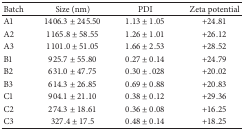
<table><thead><tr><td><b>Batch</b></td><td><b>Size (nm)</b></td><td><b>PDI</b></td><td><b>Zeta potential</b></td></tr></thead><tbody><tr><td>A1</td><td>1406.3 ± 245.50</td><td>1.13 ± 1.05</td><td>+24.81</td></tr><tr><td>A2</td><td>1165.8 ± 58.55</td><td>1.26 ± 1.01</td><td>+26.12</td></tr><tr><td>A3</td><td>1101.0 ± 51.05</td><td>1.66 ± 2.53</td><td>+28.52</td></tr><tr><td>B1</td><td>925.7 ± 55.80</td><td>0.27 ± 0.14</td><td>+24.79</td></tr><tr><td>B2</td><td>631.0 ± 47.75</td><td>0.30 ± .028</td><td>+20.02</td></tr><tr><td>B3</td><td>614.3 ± 26.85</td><td>0.69 ± 0.88</td><td>+20.83</td></tr><tr><td>C1</td><td>904.1 ± 21.10</td><td>0.38 ± 0.12</td><td>+29.36</td></tr><tr><td>C2</td><td>274.3 ± 18.61</td><td>0.36 ± 0.08</td><td>+16.25</td></tr><tr><td>C3</td><td>327.4 ± 17.5</td><td>0.48 ± 0.14</td><td>+18.25</td></tr></tbody></table>